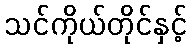
သင်ကိုယ်တိုင်နှင့်